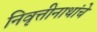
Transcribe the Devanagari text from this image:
निवृत्तीनाथांचे